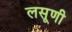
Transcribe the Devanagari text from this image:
लसूणी